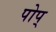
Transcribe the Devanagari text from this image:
पोप्